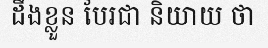
ដឹងខ្លួន បែរជា និយាយ ថា